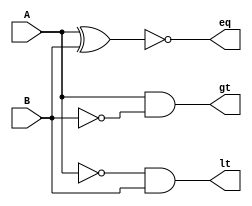
module comp1 (gt,eq,lt,A,B);

input A;
input B;
output gt;
output lt;
output eq;

not G1 (abar, A);
not G2 (bbar, B);
and G3 (gt,A,bbar);
xnor G6 (eq,A,B);
and G10 (lt,abar,B);

endmodule